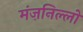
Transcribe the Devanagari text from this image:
मंज़निल्लो